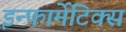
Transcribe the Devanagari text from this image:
इन्फार्मेटिक्स